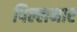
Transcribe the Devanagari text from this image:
पिल्लमार